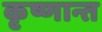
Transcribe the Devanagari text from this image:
कृष्णान्त